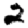
Digit: 2